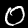
Label: 0